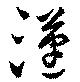
漢